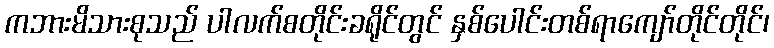
ကဘားမိသားစုသည် ပါလက်စတိုင်းခရိုင်တွင် နှစ်ပေါင်းတစ်ရာကျော်တိုင်တိုင်၊